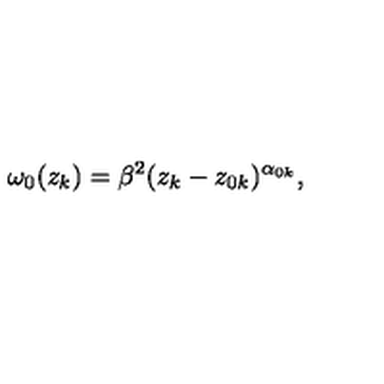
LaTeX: \omega _ { 0 } ( z _ { k } ) = \beta ^ { 2 } ( z _ { k } - z _ { 0 k } ) ^ { \alpha _ { 0 k } } ,